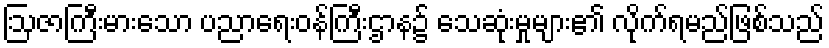
ဩဇာကြီးမားသော ပညာရေးဝန်ကြီးဌာန၌ သေဆုံးမှုများ၏ လိုက်ရမည်ဖြစ်သည်